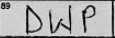
Transcription: DWP